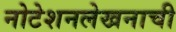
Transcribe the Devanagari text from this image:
नोटेशनलेखनाची